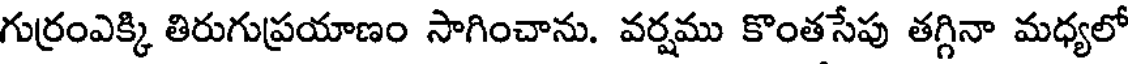
గుర్రంఎక్కి తిరుగుప్రయాణం సాగించాను. వర్షము కొంతసేపు తగ్గినా మధ్యలో